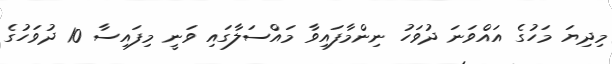
މިދިޔަ މަހުގެ އައްވަނަ ދުވަހު ނިންމާފައިވާ މައްސަލާގައި ވަނީ މިފައިސާ 10 ދުވަހުގެ